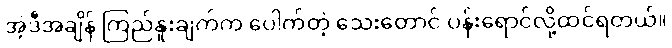
အဲ့ဒီအချိန် ကြည်နူးချက်က ပေါက်တဲ့ သေးတောင် ပန်းရောင်လို့ထင်ရတယ်။